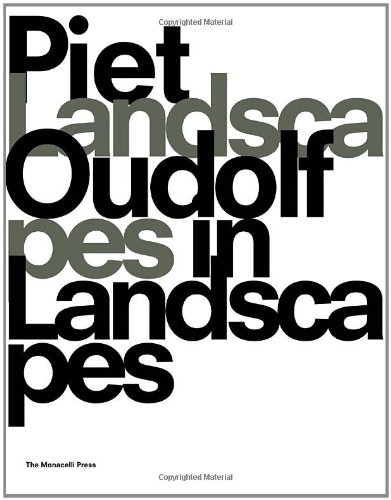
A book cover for Landscapes in Landscapes; Piet Oudolf; Crafts, Hobbies & Home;